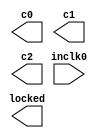
// This program was cloned from: https://github.com/rkrajnc/minimig-de1
// License: GNU General Public License v3.0

/* ctrl_clk.v */
/* 2012, rok.krajnc@gmail.com */


module ctrl_clk (
  input  wire inclk0,
  output wire c0,
  output wire c1,
  output wire c2,
  output wire locked
);


`ifdef MINIMIG_ALTERA
ctrl_clk_altera ctrl_clk_i (
  .inclk0   (inclk0 ),
  .c0       (c0     ),
  .c1       (c1     ),
  .c2       (c2     ),
  .locked   (locked )
);
`endif


`ifdef MINIMIG_XILINX
ctrl_clk_xilinx ctrl_clk_i (
  .inclk0   (inclk0 ),
  .c0       (c0     ),
  .c1       (c1     ),
  .c2       (c2     ),
  .locked   (locked )
);
`endif


endmodule